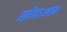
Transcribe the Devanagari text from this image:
स्तोमऽआत्मा